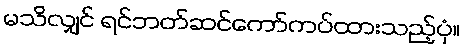
မသိလျှင် ရင်ဘတ်ဆင်ကော်ကပ်ထားသည့်ပုံ။